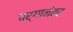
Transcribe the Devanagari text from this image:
वर्गानंतर